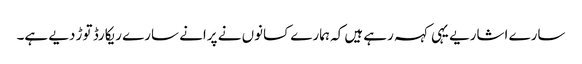
سارے اشاریے یہی کہہ رہے ہیں کہ ہمارے کسانوں نے پرانے سارے ریکارڈ توڑ دیے ہے۔